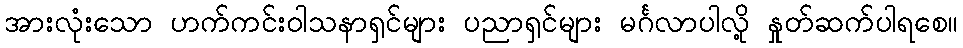
အားလုံးသော ဟက်ကင်းဝါသနာရှင်များ ပညာရှင်များ မင်္ဂလာပါလို့ နှုတ်ဆက်ပါရစေ။